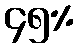
၄၅%